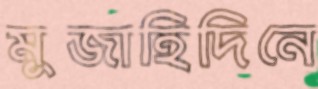
মুজাহিদিনে